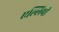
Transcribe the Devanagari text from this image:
एल्लिपी